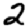
Digit: 2